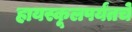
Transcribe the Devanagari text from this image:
हायस्कूलपर्यंतचे